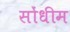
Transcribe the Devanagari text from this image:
सोंधीम